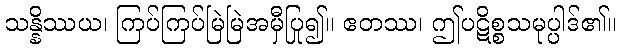
သန္နိဿယ၊ ကြပ်ကြပ်မြဲမြဲအမှီပြု၍။ ဧတဿ၊ ဤပဋိစ္စသမုပ္ပါဒ်၏။